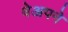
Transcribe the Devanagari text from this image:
वेअपने